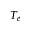
T _ { e }